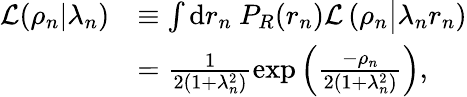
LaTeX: \begin{array}{rl}{\mathcal{L}(\rho_{n}|\lambda_{n})}&{\equiv\int\mathrm{d}r_{n}~P_{R}(r_{n}){\mathcal L}\left(\rho_{n}\big|\lambda_{n}r_{n}\right)}\\ &{=\frac{1}{{2}(1+\lambda_{n}^{2})}\exp\left(\frac{-\rho_{n}}{{2}(1+\lambda_{n}^{2})}\right),}\end{array}